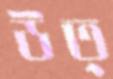
উত্